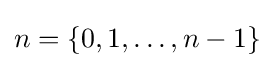
n=\{0,1,\ldots ,n-1\}